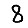
Digit: 8